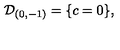
{ \cal D } _ { ( 0 , - 1 ) } = \{ c = 0 \} ,